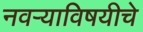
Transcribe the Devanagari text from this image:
नवर्‍याविषयीचे